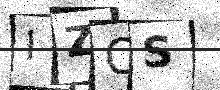
Text: IZCS